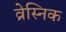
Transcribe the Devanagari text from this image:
व्रेस्निक